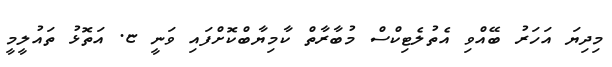
މިދިޔަ އަހަރު ބޭއްވި އެތުލެޓިކްސް މުބާރާތް ކާމިޔާބްކޮށްފައި ވަނީ ޏ. އަތޮޅު ތައުލީމީ